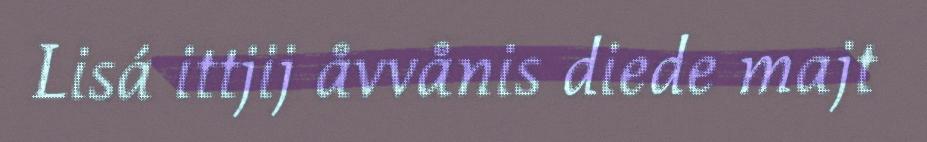
Lisá ittjij åvvånis diede majt